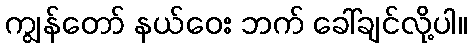
ကျွန်တော် နယ်ဝေး ဘက် ခေါ်ချင်လို့ပါ။